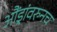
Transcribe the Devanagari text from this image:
औंड्रांवरुनच